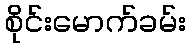
စိုင်းမောက်ခမ်း